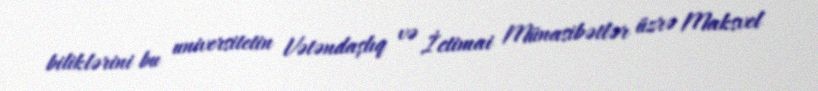
biliklərini bu universitetin Vətəndaşlıq və İctimai Münasibətlər üzrə Maksvel